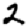
Digit: 2